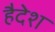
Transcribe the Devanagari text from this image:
हैदेश